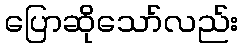
ပြောဆိုသော်လည်း